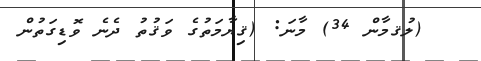
(ލުޤމާން 34) މާނަ: (ޤިޔާމަތުގެ ވަޤުތު ދެނެ ވޮޑިގަތުން